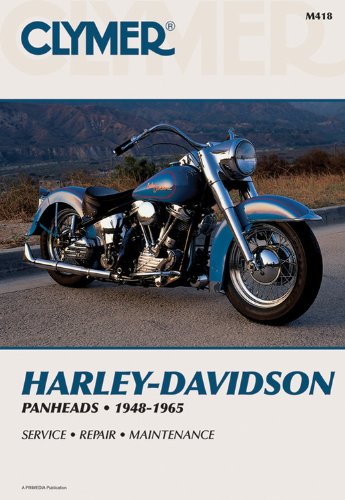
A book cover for Harley-Davidson Panheads 1948-1965: Service, Repair, Maintenance; Inc. Haynes Manuals; Crafts, Hobbies & Home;